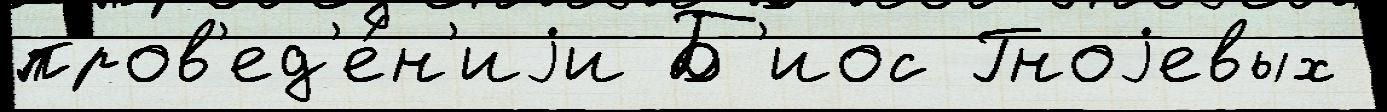
пров'ед'е́н'иjи Б'иос Гноjевых